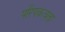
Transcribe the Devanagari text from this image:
परिपकवता